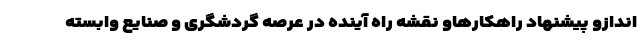
اندازو پیشنهاد راهکارهاو نقشه راه آینده در عرصه گردشگری و صنایع وابسته